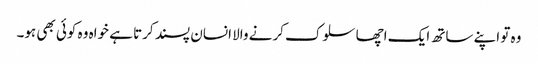
وہ تو اپنے ساتھ ایک اچھا سلوک کرنے والا انسان پسند کرتا ہے خواہ وہ کوئی بھی ہو۔